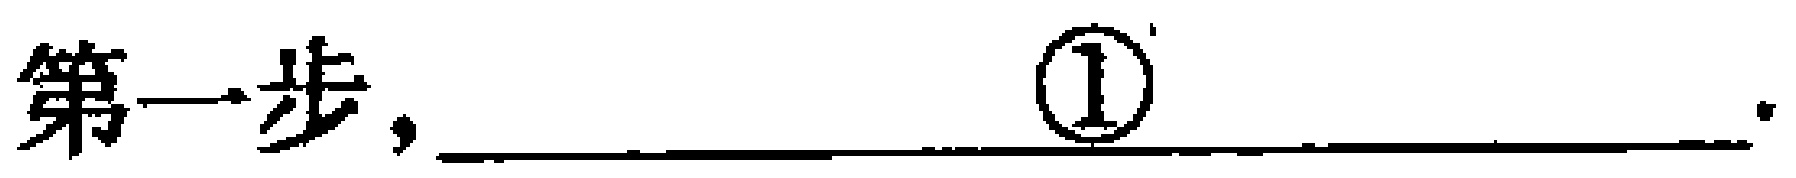
第一步，\underline{\textcircled{1}\underline{\qquad}}